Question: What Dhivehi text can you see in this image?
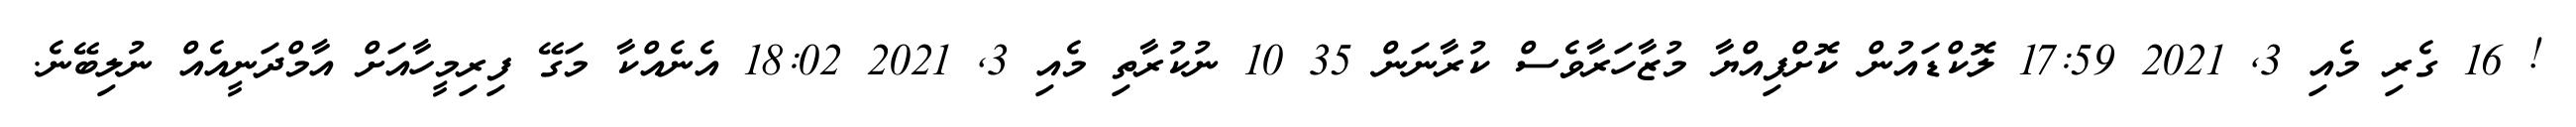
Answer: ! 16 ގެރި މެއި 3, 2021 17:59 ލޮކްޑައުން ކޮށްފިއްޔާ މުޒާހަރާވެސް ކުރާނަން 35 10 ނުކުރާތި މެއި 3, 2021 18:02 އެނެއްކާ މަގޭ ފިރިމީހާއަށް އާމްދަނީއެއް ނުލިބޭނެ.